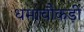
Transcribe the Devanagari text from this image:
धमाचौकड़ी